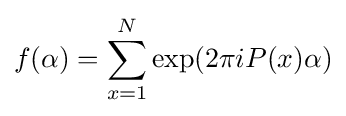
f(\alpha )=\sum _{x=1}^{N}\exp(2\pi iP(x)\alpha )